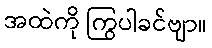
အထဲကို ကြွပါခင်ဗျာ။